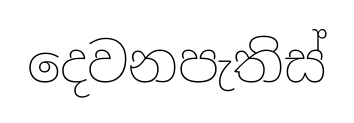
දෙවනපැතිස්